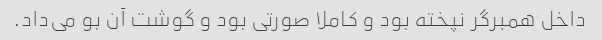
داخل همبرگر نپخته بود و کاملا صورتی بود و گوشت آن بو می‌داد.